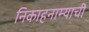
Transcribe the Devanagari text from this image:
निकाहनाम्याची